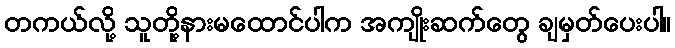
တကယ်လို့ သူတို့နားမထောင်ပါက အကျိုးဆက်တွေ ချမှတ်ပေးပါ။